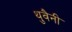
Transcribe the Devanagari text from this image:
थुवैनी